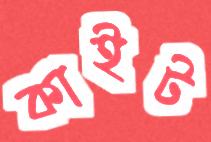
কাইট